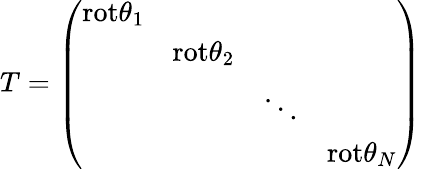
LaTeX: T=\left(\begin{array}{cccc}{{\mathrm{rot}\theta_{1}}}&{{}}&{{}}&{{}}\\ {{}}&{{\mathrm{rot}\theta_{2}}}&{{}}&{{}}\\ {{}}&{{}}&{{\ddots}}&{{}}\\ {{}}&{{}}&{{}}&{{\mathrm{rot}\theta_{N}}}\end{array}\right)